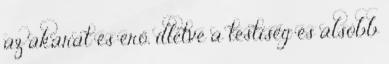
az akarat és erő, illetve a testiség és alsóbb